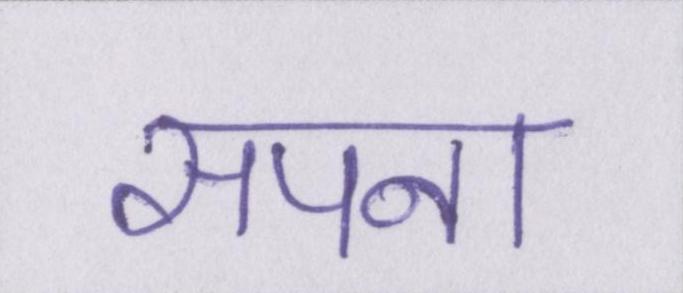
सपना